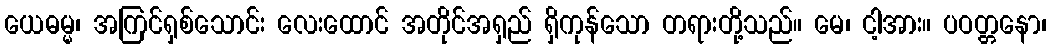
ယေဓမ္မ၊ အကြင်ရှစ်သောင်း လေးထောင် အတိုင်အရှည် ရှိကုန်သော တရားတို့သည်။ မေ၊ ငါ့အား။ ပဝတ္တနော၊